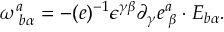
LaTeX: \omega _ { \, \, b \alpha } ^ { a } = - ( e ) ^ { - 1 } \epsilon ^ { \gamma \beta } \partial _ { \gamma } e _ { \, \, \beta } ^ { a } \cdot E _ { b \alpha } .